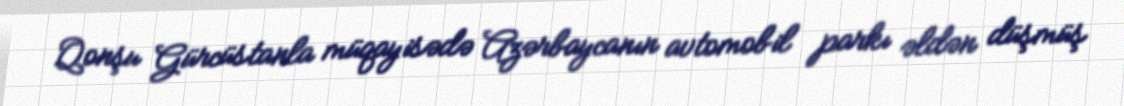
Qonşu Gürcüstanla müqayisədə Azərbaycanın avtomobil parkı əldən düşmüş